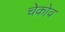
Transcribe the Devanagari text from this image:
चेकोव